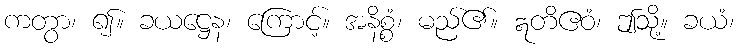
ကတွာ၊ ၍။ ခယဋ္ဌေန၊ ကြောင့်။ အနိစ္စံ၊ မည်၏။ ဣတိဧဝံ၊ ဤသို့။ ခယံ၊